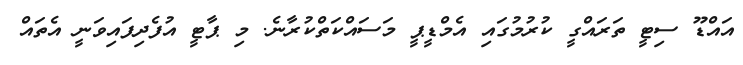
އައްޑޫ ސިޓީ ތަރައްގީ ކުރުމުގައި އެމްޑީޕީ މަސައްކަތްކުރާނެ. މި ޕާޓީ އުފެދިފައިވަނީ އެތައް